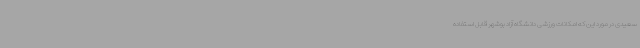
سعیدی در مورد این که امکانات ورزشی دانشگاه آزاد بوشهر قابل استفاده